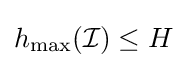
h_{\max }({\mathcal {I}})\leq H